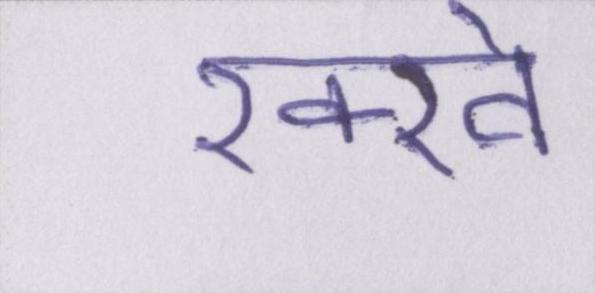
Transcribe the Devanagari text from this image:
रक्खे